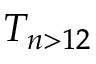
T _ { n > 1 2 }